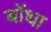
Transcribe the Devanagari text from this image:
बोंथा